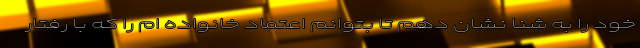
خود را به شنا نشان دهم تا بتوانم اعتماد خانواده ام را که با رفتار